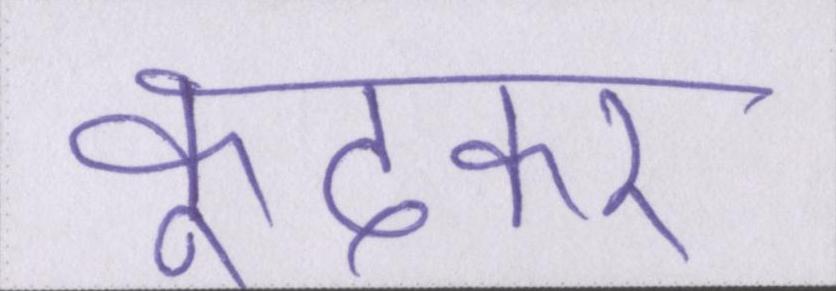
कूदकर